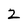
Character: z